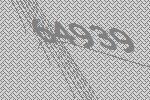
64939